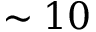
\sim 1 0